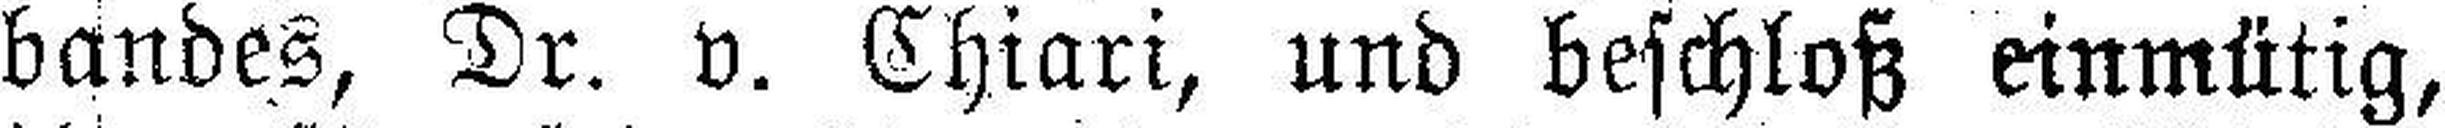
bandes, Dr. v. Chiari, und beschloß einmütig,